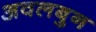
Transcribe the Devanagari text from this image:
अवलबुन